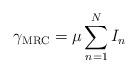
LaTeX: \begin{align*}\gamma_{\rm{MRC}} = \mu\sum_{n=1}^NI_n\end{align*}